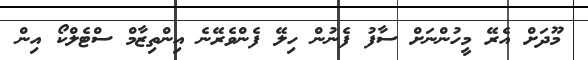
މޫދަށް އެރޭ މީހުންނަށް ސާފު ފެނުން ހިލޭ ފެންވެރޭނެ އިންތިޒާމް ސްޓެލްކޯ އިން